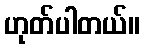
ဟုတ်ပါတယ်။